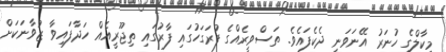
މިކާލްގެ ހުނަރު އޭނަވަނީ ދެކެފައެވެ. ތަސްވީރެއްގެ ފުރަގަހުގައި ފާރުގައި ތިޖޫރީއެއް ހަދާފައިވާ ޒުވާނަކަށް